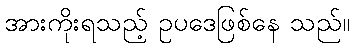
အားကိုးရသည့် ဥပဒေဖြစ်နေ သည်။